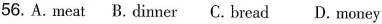
56. A. meat B. dinner C. bread D.money